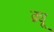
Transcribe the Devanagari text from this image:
क्न्यू